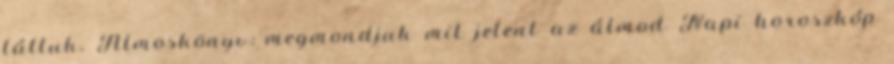
láttuk. Álmoskönyv: megmondjuk mit jelent az álmod Napi horoszkóp